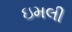
ઇમલી